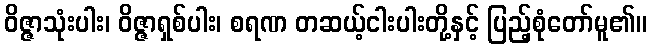
ဝိဇ္ဇာသုံးပါး၊ ဝိဇ္ဇာရှစ်ပါး၊ စရဏ တဆယ့်ငါးပါးတို့နှင့် ပြည့်စုံတော်မူ၏။